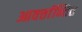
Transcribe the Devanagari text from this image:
आवर्त्तान्तित